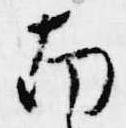
南